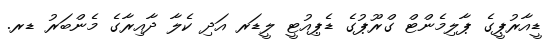
ޑީއާރުޕީގެ ޕާލިމެންޓް ގްރޫޕުގެ ޑެޕިއުޓީ ލީޑަރ އަދި ކެލާ ދާއިރާގެ މެންބަރު ޑރ.